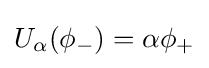
U_{\alpha }(\phi _{-})=\alpha \phi _{+}